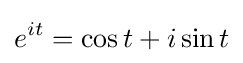
e^{it}=\cos t+i\sin t